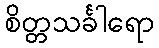
စိတ္တသင်္ခါရော